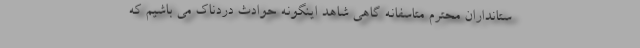
ستانداران محترم متاسفانه گاهی شاهد اینگونه حوادث دردناک می باشیم که